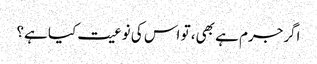
اگرجرم ہے بھی، تو اس کی نوعیت کیا ہے؟